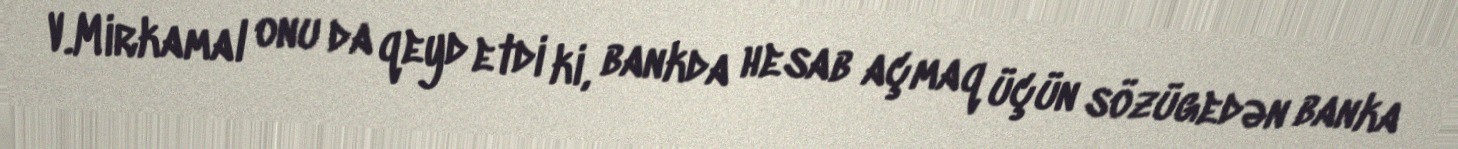
V.Mirkamal onu da qeyd etdi ki, bankda hesab açmaq üçün sözügedən banka